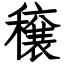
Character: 穣